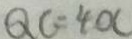
Q C = 4 O C